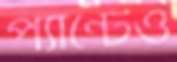
প্যান্টেও